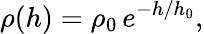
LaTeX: \rho(h)=\rho_{0}\, e^{-h/h_{0}},